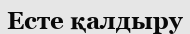
Есте қалдыру